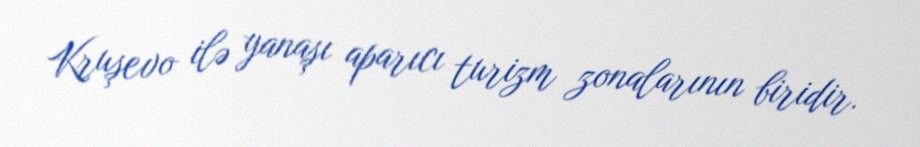
Kruşevo ilə yanaşı aparıcı turizm zonalarının biridir.